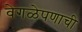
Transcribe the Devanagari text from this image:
वेगळेपणाची